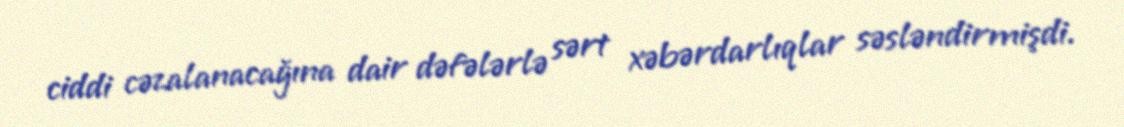
ciddi cəzalanacağına dair dəfələrlə sərt xəbərdarlıqlar səsləndirmişdi.